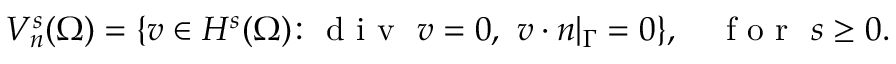
V _ { n } ^ { s } ( \Omega ) = \{ v \in H ^ { s } ( \Omega ) \colon \mathrm { ~ d ~ i ~ v ~ } \ v = 0 , \ v \cdot n | _ { \Gamma } = 0 \} , \quad \mathrm { ~ f ~ o ~ r ~ } \ s \ge 0 .